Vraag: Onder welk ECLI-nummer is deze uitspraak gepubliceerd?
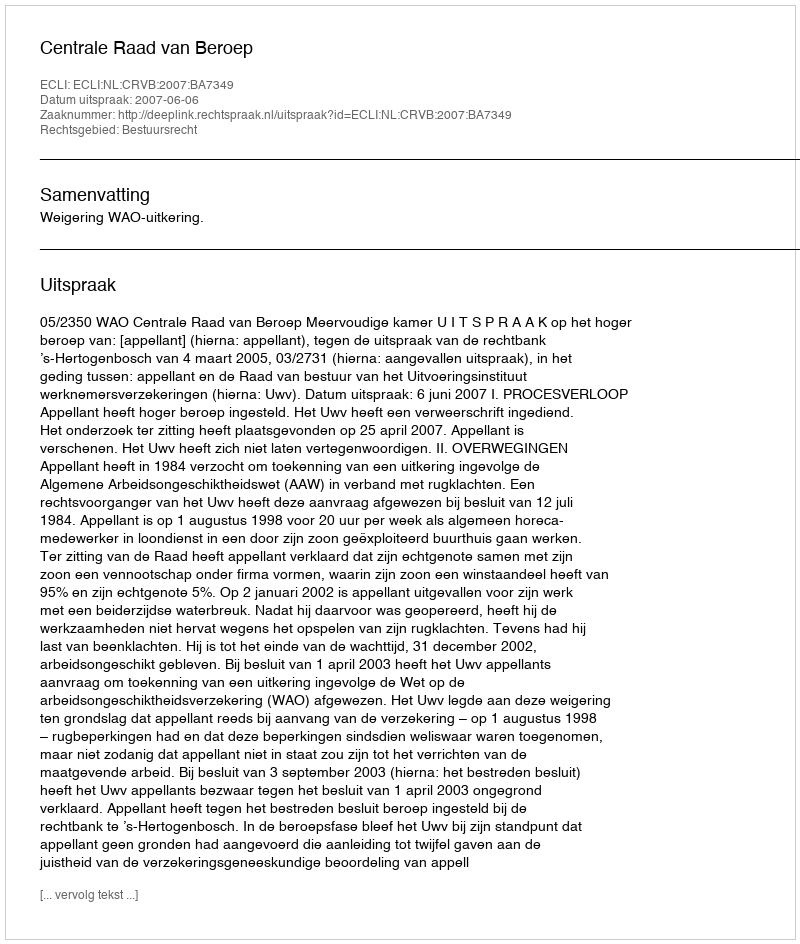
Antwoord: ECLI:NL:CRVB:2007:BA7349